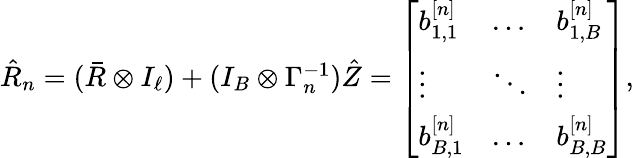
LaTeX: \begin{array}{r}{\hat{R}_{n}=(\bar{R}\otimes I_{\ell})+(I_{B}\otimes\Gamma_{n}^{-1})\hat{Z}=\left[\begin{array}{lll}{b_{1,1}^{[n]}}&{\dotsc}&{b_{1,B}^{[n]}}\\ {\vdots}&{\ddots}&{\vdots}\\ {b_{B,1}^{[n]}}&{\dotsc}&{b_{B,B}^{[n]}}\end{array}\right],}\end{array}